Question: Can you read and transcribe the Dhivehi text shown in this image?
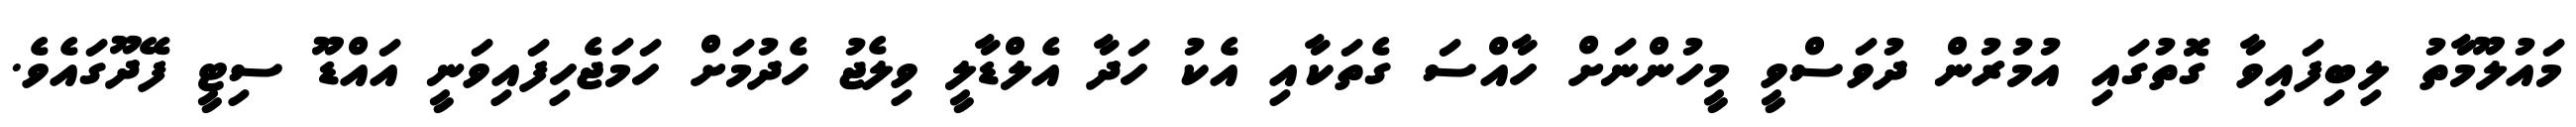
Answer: މައުލޫމާތު ލިބިފައިވާ ގޮތުގައި އުމުރުން ދުވަސްވީ މީހުންނަށް ހާއްސަ ގެތަކާއި އެކު ހަދާ އެލްޑާލީ ވިލެޖު ހެދުމަށް ހަމަޖެހިފައިވަނީ އައްޑޫ ސިޓީ ފޭދޫގައެވެ.